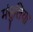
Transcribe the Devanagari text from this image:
मंसुलिया